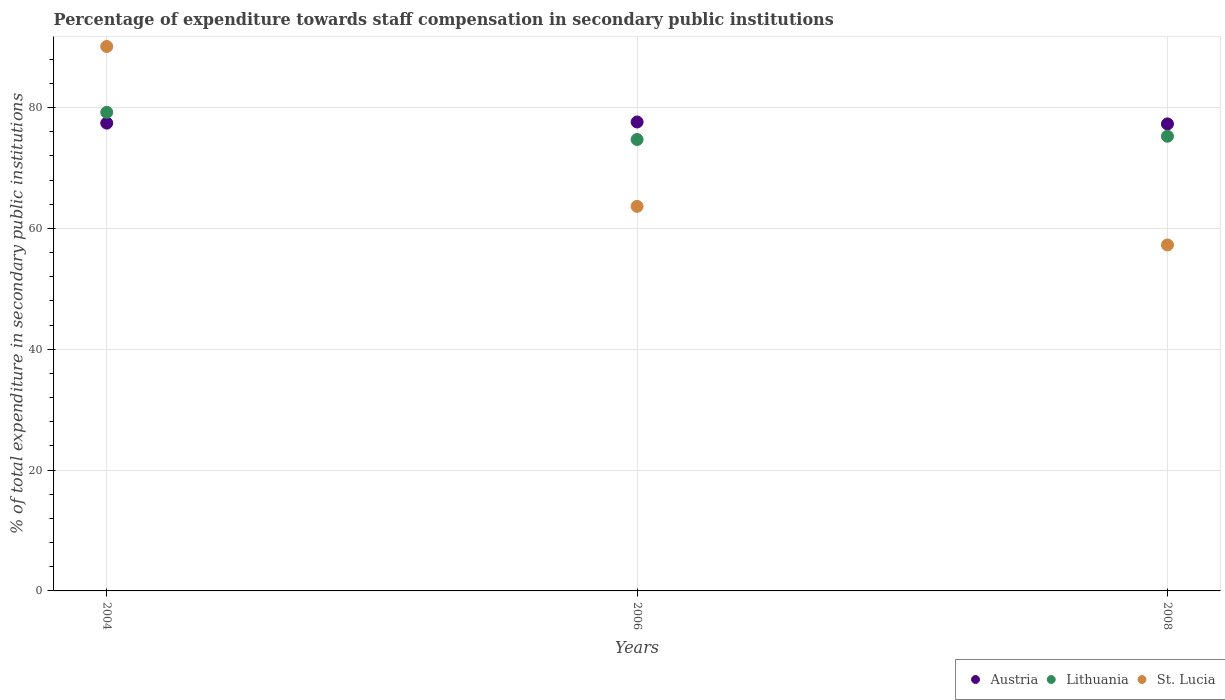
| Years | Austria | Lithuania | St. Lucia |
 | --- | --- | --- | --- |
 | 2004 | 77.4 | 79.2 | 90.1 |
 | 2006 | 77.6 | 74.7 | 63.6 |
 | 2008 | 77.3 | 75.2 | 57.3 |